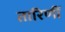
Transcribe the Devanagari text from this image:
तारिणीं